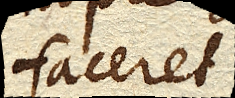
faceret.